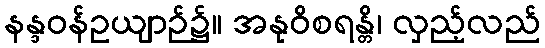
နန္ဒဝန်ဥယျာဉ်၌။ အနုဝိစရန္တိ၊ လှည့်လည်